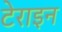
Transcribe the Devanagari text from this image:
टेराइन